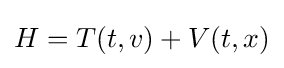
H=T(t,v)+V(t,x)